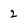
Character: 2